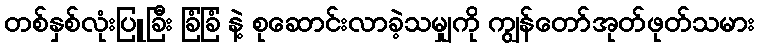
တစ်နှစ်လုံးပြူခြီး ခြံခြံ နဲ့ စုဆောင်းလာခဲ့သမျှကို ကျွန်တော်အုတ်ဖုတ်သမား